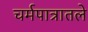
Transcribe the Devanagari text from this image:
चर्मपात्रातले